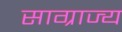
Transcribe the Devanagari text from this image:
साग्राज्‍य